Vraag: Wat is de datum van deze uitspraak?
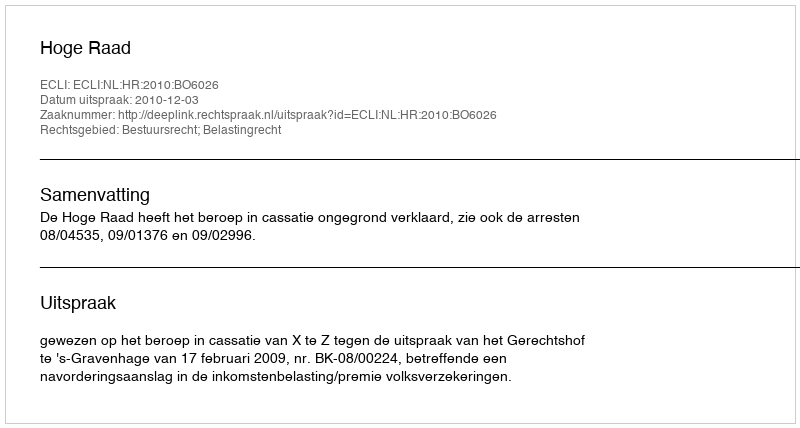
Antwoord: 2010-12-03